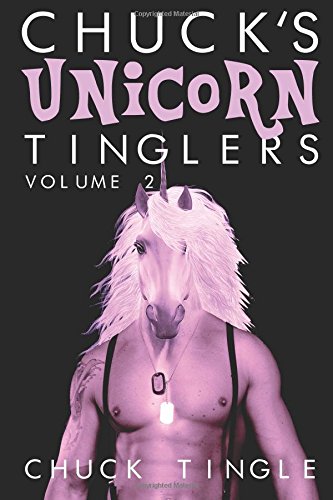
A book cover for Chuck's Unicorn Tinglers: Volume 2; Dr. Chuck Tingle; Romance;